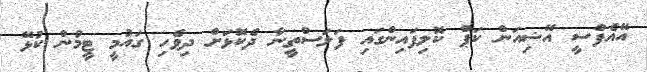
އޭއެފްސީ އޭޝިއަން ކަޕް ކޮލިފައިންގައި ފަލަސްތީނާ ދެކޮޅަށް ދިވެހި ގައުމީ ޓީމުން ކުޅޭ